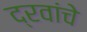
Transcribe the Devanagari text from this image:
द्रवांचे